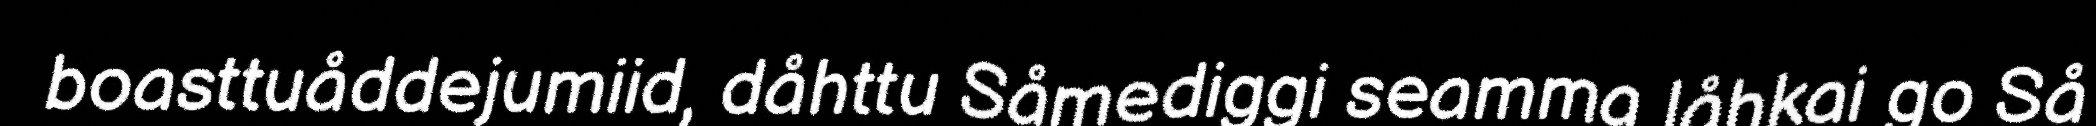
boasttuåddejumiid, dåhttu Såmediggi seamma låhkai go Så